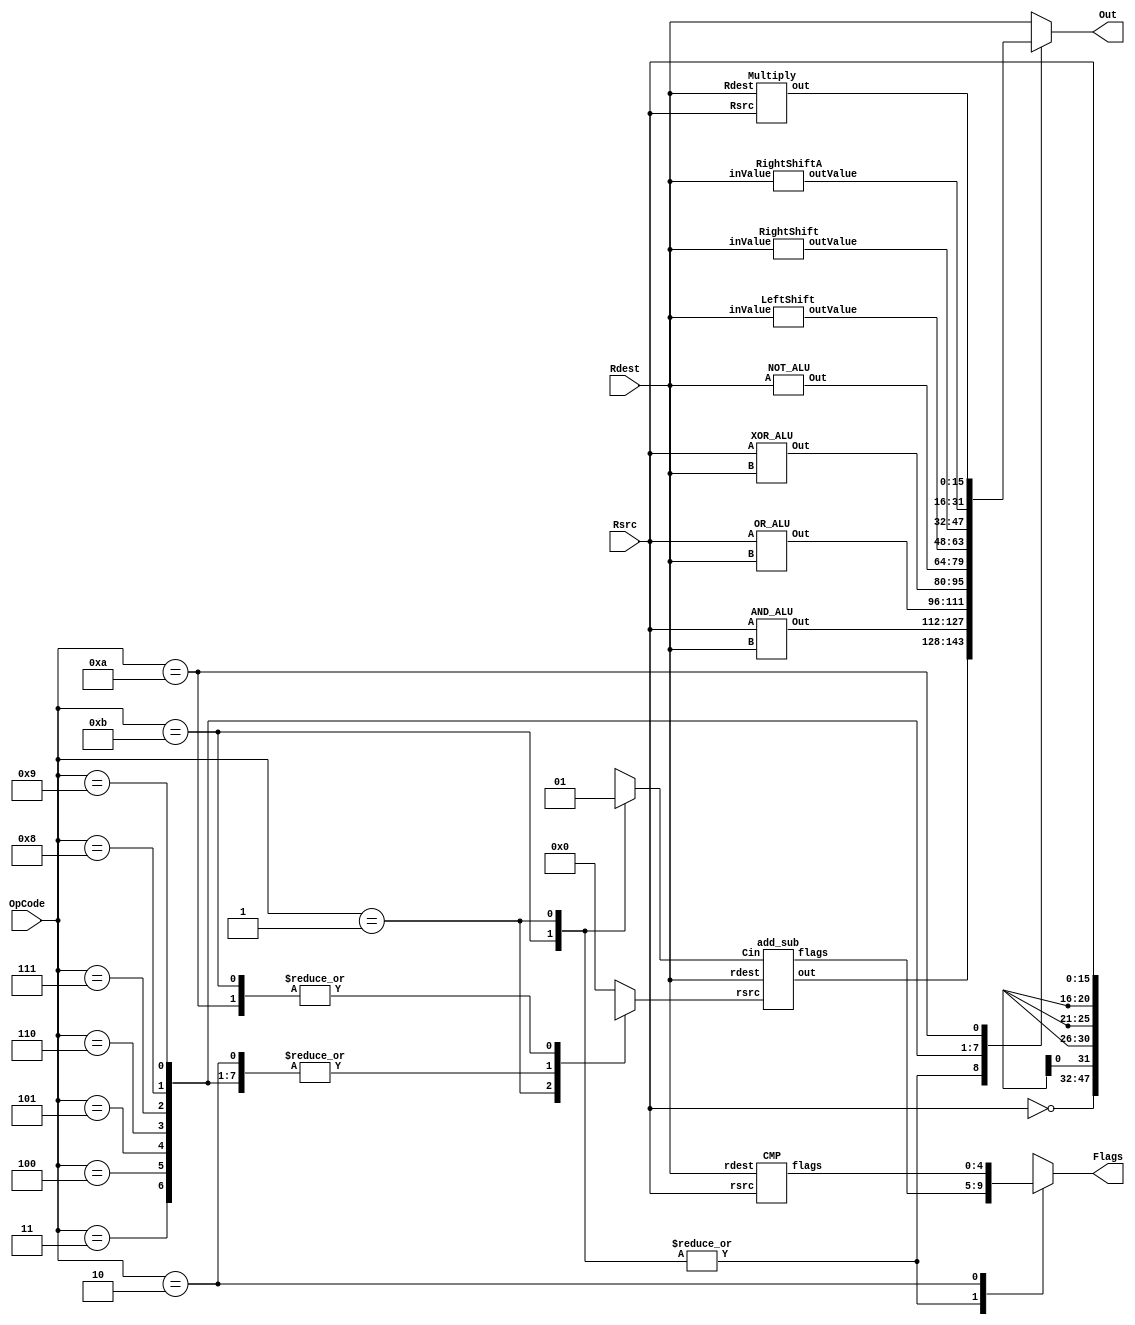
module ALU (Rsrc, Rdest, OpCode, Out, Flags); 
	input [15:0] Rsrc, Rdest;
	input [3:0] OpCode;
	output reg [15:0] Out;
	output reg [4:0] Flags;
		/*
			Flags[0] = C
			Flags[1] = L
			Flags[2] = F
			Flags[3] = Z
			Flags[4] = N
		*/

	parameter NOP 		= 4'b0000;
	parameter SUB 		= 4'b0001;
	parameter CMP 		= 4'b0010;
	parameter AND 		= 4'b0011;
	parameter OR 		= 4'b0100;
	parameter XOR 		= 4'b0101;
	parameter NOT 		= 4'b0110;
	parameter LSH 		= 4'b0111;
	parameter RSH 		= 4'b1000;
	parameter ARSH 	= 4'b1001;
	parameter MUL     = 4'b1010;
	parameter ADD		= 4'b1011;

	wire [15:0] out_add, out_sub, out_and, out_or, out_xor, out_not, out_lsh, out_rsh, out_arsh, out_mul;
	reg [15:0] Rsrc_add; 
	wire [4:0] flags_add, flags_sub, flags_cmp;
	reg Cin_wire;
	
	
	add_sub myAdd (
		.rdest(Rdest),
		.rsrc(Rsrc_add),
		.Cin(Cin_wire),
		.flags(flags_add),
		.out(out_add)
	);
	
	
	CMP myCmp (
		.rdest(Rdest),
		.rsrc(Rsrc),
		.flags(flags_cmp)
	);
	
	
	AND_ALU myAnd (
		.A(Rsrc),
		.B(Rdest),
		.Out(out_and)
	);
	
	
	OR_ALU myOr (
		.A(Rsrc),
		.B(Rdest),
		.Out(out_or)
	);
	
	
	XOR_ALU myXor (
		.A(Rsrc),
		.B(Rdest),
		.Out(out_xor)
	);
	
	
	NOT_ALU myNot (
		.A(Rdest),
		.Out(out_not)
	);
	
	
	LeftShift myLeftShift (
		.inValue(Rdest),
		.outValue(out_lsh)
	);
	
	
	RightShift myRightShift (
		.inValue(Rdest),
		.outValue(out_rsh)
	);
	
	
	RightShiftA myRightShiftA (
		.inValue(Rdest),
		.outValue(out_arsh)
	);
	
	Multiply my_mul(
		.Rsrc(Rsrc),
		.Rdest(Rdest), 
		.out(out_mul)
	);
	
	always@(*)
		begin
			case(OpCode)
				ADD:  begin Rsrc_add = Rsrc; Cin_wire = 0; Out = out_add; Flags = flags_add; end 
				SUB:  begin Rsrc_add = ~Rsrc; Cin_wire = 1; Out = out_add; Flags = flags_add; end 
				CMP:  begin Rsrc_add = 16'bx; Cin_wire = 1'bx; Out = Rdest; Flags = flags_cmp; end 
				AND:  begin Rsrc_add = 16'bx; Cin_wire = 1'bx; Out = out_and; Flags = 5'bx; end
				OR:   begin Rsrc_add = 16'bx; Cin_wire = 1'bx; Out = out_or; Flags = 5'bx; end
				XOR:  begin Rsrc_add = 16'bx; Cin_wire = 1'bx; Out = out_xor; Flags = 5'bx; end
				NOT:  begin Rsrc_add = 16'bx; Cin_wire = 1'bx; Out = out_not; Flags = 5'bx; end
				LSH:  begin Rsrc_add = 16'bx; Cin_wire = 1'bx; Out = out_lsh; Flags = 5'bx; end
				RSH:  begin Rsrc_add = 16'bx; Cin_wire = 1'bx; Out = out_rsh; Flags = 5'bx; end
				ARSH: begin Rsrc_add = 16'bx; Cin_wire = 1'bx; Out = out_arsh; Flags = 5'bx; end
				MUL:  begin Rsrc_add = Rsrc; Cin_wire = 1'bx; Out = out_mul; Flags = 5'bx; end
				NOP:	begin Rsrc_add = 16'b0; Cin_wire = 1'bx; Out = Rdest;  Flags = 5'bx; end
				default: begin Rsrc_add = 16'b0; Cin_wire = 1'bx; Out = Rdest; Flags = 5'bx; end
			endcase 
		end
endmodule 

//-------------------------------------------------------
// Addition and Subtraction module.
// Cin - Carry in --> Use to subtract.
//
// Flags:
// C - Carry bit: Carry/borrow after addition/subtraction.
// L - Low flag: l is 1 when rdest< rsrc  --> programmer check: when both unsigned.
// F - Flag bit: signal expectional situations.
// Z - Z bit: set to 1 if operands are equal.
// N - Neg bit: set to 1 if rdest < rsrc operand --> programmer check: when both signed.
//-------------------------------------------------------
module add_sub (rdest, rsrc, Cin, flags, out);
	input  [15:0] rdest, rsrc;
	input  Cin;
	output [15:0] out;
	output [4:0] flags;
	
	assign {flags[0], out} = rsrc + rdest + Cin;
	assign flags[1] = rdest < rsrc;
	assign flags[2] = (rsrc[15] & rdest[15] & ~out[15]) | (~rsrc[15] & ~rdest[15] & out[15]);
	assign flags[3] = rdest == rsrc;
	assign flags[4] = $signed(rdest) < $signed(rsrc);
endmodule


module CMP (rdest, rsrc, flags);
	input  [15:0] rdest, rsrc;
	output [4:0] flags;
	
	assign flags[0] = 1'bx;
	assign flags[1] = rdest < rsrc;
	assign flags[2] = 1'bx;
	assign flags[3] = rdest == rsrc;
	assign flags[4] = $signed(rdest) < $signed(rsrc);
endmodule


module AND_ALU (A, B, Out); 
	input [15:0] A, B;
	output[15:0] Out;
	
	assign Out = (A & B);
endmodule


module OR_ALU (A, B, Out);
	input [15:0] A, B;
	output [15:0] Out;

	assign Out = A | B;
endmodule 


module XOR_ALU (A, B, Out);
	input [15:0] A, B;
	output[15:0] Out;

	assign Out = A ^ B;
endmodule

module NOT_ALU (A, Out);
	input [15:0] A;
	output[15:0] Out;

	assign Out = ~A;
endmodule


module LeftShift(inValue, outValue);
	input [15:0] inValue;
	output [15:0] outValue;
	
	assign outValue = inValue <<< 1;
endmodule


module RightShift(inValue, outValue);
	input [15:0] inValue;
	output [15:0] outValue;
	
	assign outValue = inValue >> 1;
endmodule


module RightShiftA(inValue, outValue);
	input wire signed [15:0] inValue;
	output [15:0] outValue;
	
	assign outValue = inValue >>> 1;
endmodule

module Multiply(Rsrc, Rdest, out);
	input [15:0] Rsrc, Rdest;
	output [15:0] out;
	
	assign out = Rsrc * Rdest;
endmodule